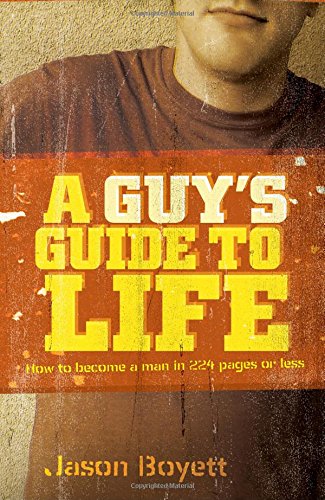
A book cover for A Guy's Guide to Life: How to Become a Man in 224 Pages or Less; Jason Boyett; Teen & Young Adult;